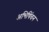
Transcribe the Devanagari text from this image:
अभिषिंचन